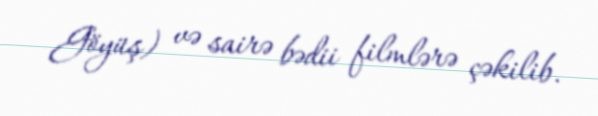
Göyüş) və sairə bədii filmlərə çəkilib.